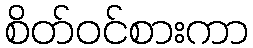
စိတ်ဝင်စားကာ